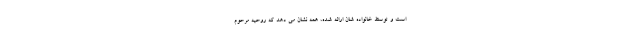
است و توسط خانواده شان ارائه شده، همه نشان می دهد که روحیه مرحوم